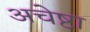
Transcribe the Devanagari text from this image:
अचेष्टा